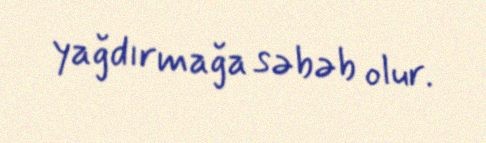
yağdırmağa səbəb olur.